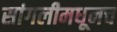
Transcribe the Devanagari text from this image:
सांगलीमधूनच